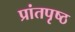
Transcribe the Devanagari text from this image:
प्रांतपृष्ठ